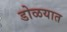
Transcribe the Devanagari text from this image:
डोळयात